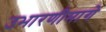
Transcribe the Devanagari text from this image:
उभारणीमागे